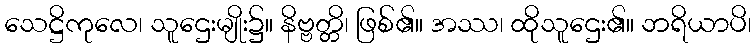
သေဋ္ဌိကုလေ၊ သူဌေးမျိုး၌။ နိဗ္ဗတ္တိ၊ ဖြစ်၏။ အဿ၊ ထိုသူဌေး၏။ ဘရိယာပိ၊